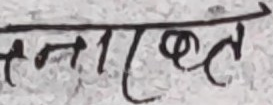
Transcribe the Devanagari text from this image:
मनाक्तत